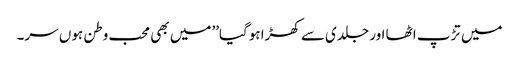
میں تڑپ اٹھا اور جلدی سے کھڑا ہوگیا’’میں بھی محب وطن ہوں سر۔